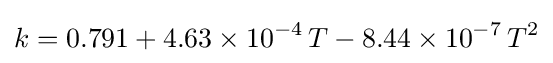
k=0.791+4.63\times 10^{-4}\,T-8.44\times 10^{-7}\,T^{2}